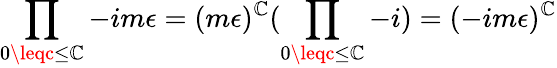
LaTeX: \prod_{0\leqc\leq\mathbb{C}}-im\epsilon=(m\epsilon)^{\mathbb{C}}(\prod_{0\leqc\leq\mathbb{C}}-i)=(-im\epsilon)^{\mathbb{C}}